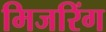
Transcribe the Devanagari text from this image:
मिजरिंग